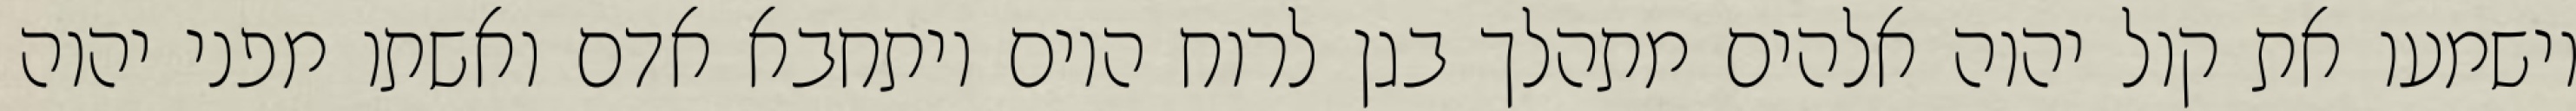
וישמעו את קול יהוה אלהים מתהלך בגן לרוח היום ויתחבא אדם ואשתו מפני יהוה